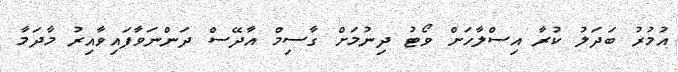
އުމުރު ބަދަލު ކުރާ އިސްލާހަށް ވޯޓު ދިނުމަށް ގާސިމް އާދޭސް ދަންނަވާފައިވާއިރު މާދަމާ